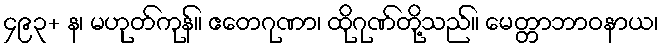
၄၉၃+ န၊ မဟုတ်ကုန်။ ဧတေဂုဏာ၊ ထိုဂုဏ်တို့သည်။ မေတ္တာဘာဝနာယ၊